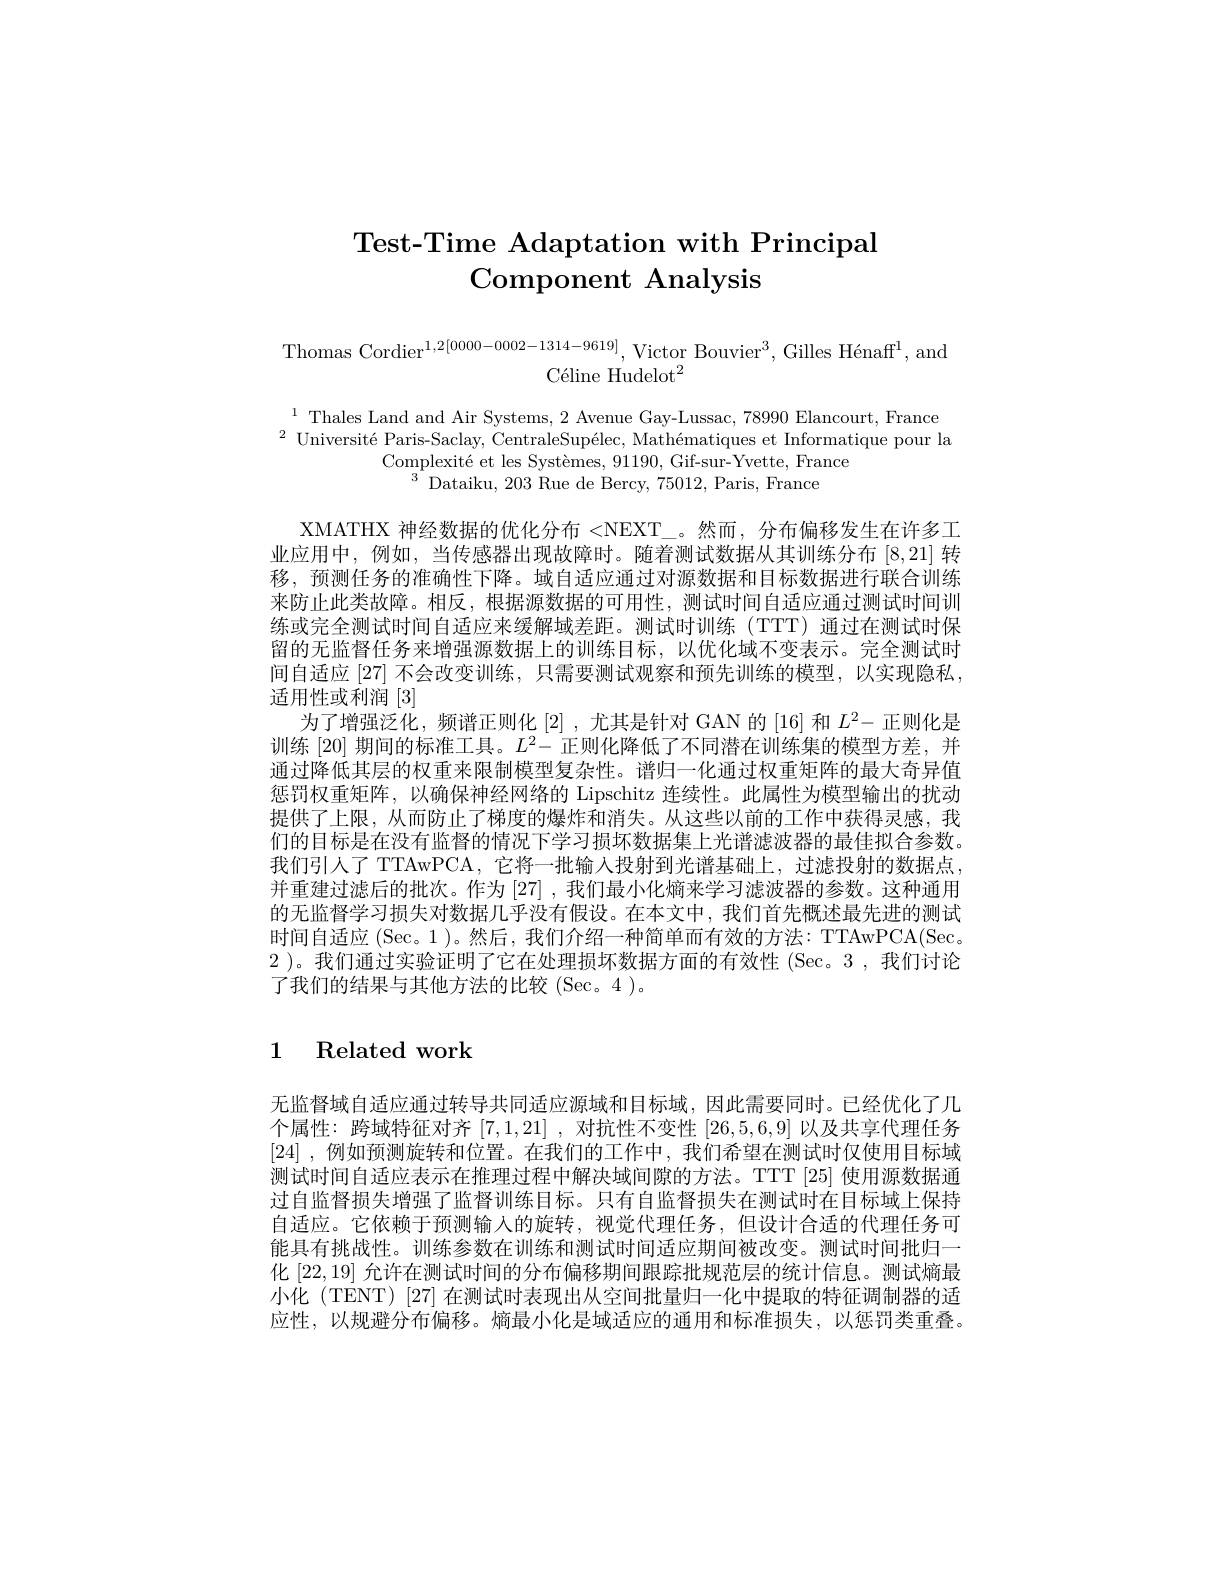
# Test-Time Adaptation with Principal Component Analysis

Thomas Cordier$^1,2[0000-0002-1314-9619]$, Victor Bouvier$^3,\text{Gilles H\'{e}naff}^1$, and
$\mathrm{C\'{e}lineHudelot}^{2}$

$^{1}$ Thales Land and Air Systems, 2 Avenue Gay-Lussac, 78990 Elancourt, France $^{2}\text{ Universit\' {e}Paris- Saclay, CentraleSup\' {e}lec, Math\' {e}matiquesetInformatiquepourla}$
Complexité et les Systèmes, 91190, Gif-sur-Yvette, France
$^{3}$Dataiku, 203 Rue de Bercy, 75012, Paris, France

XMATHX 神经数据的优化分布 <NEXT\_。然而，分布偏移发生在许多工业应用中，例如，当传感器出现故障时。随着测试数据从其训练分布[8,21]转移，预测任务的准确性下降。域自适应通过对源数据和目标数据进行联合训练来防止此类故障。相反，根据源数据的可用性，测试时间自适应通过测试时间训练或完全测试时间自适应来缓解域差距。测试时训练(TTT) 通过在测试时保留的无监督任务来增强源数据上的训练目标，以优化域不变表示。完全测试时间自适应[27]不会改变训练，只需要测试观察和预先训练的模型，以实现隐私， 适用性或利润[3]
为了增强泛化，频谱正则化[2],尤其是针对 GAN 的[16] 和$L^2-$正则化是训练[20]期间的标准工具。$L^2-$正则化降低了不同潜在训练集的模型方差，并通过降低其层的权重来限制模型复杂性。谱归一化通过权重矩阵的最大奇异值惩罚权重矩阵，以确保神经网络的 Lipschitz 连续性。此属性为模型输出的扰动提供了上限，从而防止了梯度的爆炸和消失。从这些以前的工作中获得灵感，我们的目标是在没有监督的情况下学习损坏数据集上光谱滤波器的最佳拟合参数。我们引人了 TTAwPCA, 它将一批输入投射到光谱基础上，过滤投射的数据点， 并重建过滤后的批次。作为[27] ,我们最小化熵来学习滤波器的参数。这种通用的无监督学习损失对数据几乎没有假设。在本文中，我们首先概述最先进的测试时间自适应 (Sec。1 )。然后，我们介绍一种简单而有效的方法：TTAwPCA(Sec,1) 2 )。我们通过实验证明了它在处理损坏数据方面的有效性(Sec。3,我们讨论了我们的结果与其他方法的比较(Sec。4)。

# 1 Related work

无监督域自适应通过转导共同适应源域和目标域，因此需要同时。已经优化了几个属性：跨域特征对齐[7,1,21] ,对抗性不变性[26,5,6,9]以及共享代理任务[24] ,例如预测旋转和位置。在我们的工作中，我们希望在测试时仅使用目标域测试时间自适应表示在推理过程中解决域间隙的方法。TTT [25] 使用源数据通过自监督损失增强了监督训练目标。只有自监督损失在测试时在目标域上保持自适应。它依赖于预测输人的旋转，视觉代理任务，但设计合适的代理任务可能具有挑战性。训练参数在训练和测试时间适应期间被改变。测试时间批归一化[22,19]允许在测试时间的分布偏移期间跟踪批规范层的统计信息。测试熵最小化 (TENT) |27| 在测试时表现出从空间批量归一化中提取的特征调制器的适应性，以规避分布偏移。熵最小化是域适应的通用和标准损失，以惩罚类重叠。